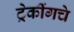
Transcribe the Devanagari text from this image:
ट्रेकींगचे